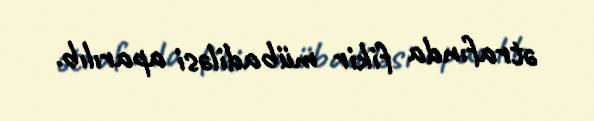
ətrafında fikir mübadiləsi aparılıb.